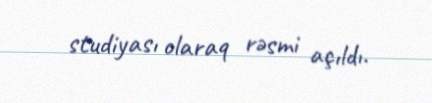
studiyası olaraq rəsmi açıldı.